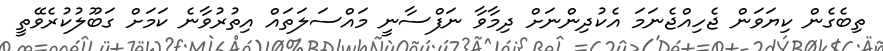
ތިބެގެން ކިޔަވަން ޖެހިއްޖެނަމަ އެކުދިންނަށް ދިމާވާ ނަފްސާނީ މައްސަލަތައް އިތުރުވާނެ ކަމަށް ގަބޫލުކުރެވޭތީ